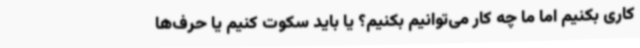
کاری بکنیم اما ما چه کار می‌توانیم بکنیم؟ یا باید سکوت کنیم یا حرف‌ها